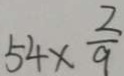
5 4 \times \frac { 2 } { 9 }